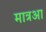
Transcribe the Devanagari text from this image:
मात्रआ